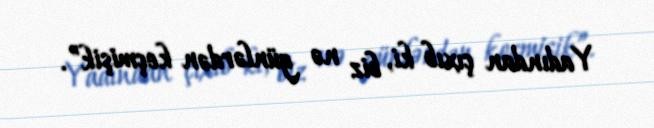
Yadından çıxıb ki, biz nə günlərdən keçmişik”.